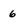
Character: 6